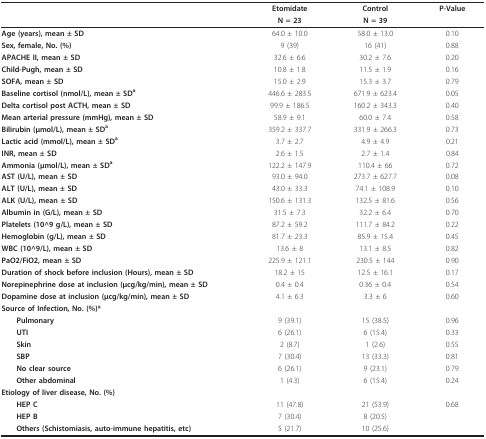
<table><thead><tr><td></td><td><b>Etomidate</b></td><td><b>Control</b></td><td><b>P-Value</b></td></tr><tr><td></td><td><b>N = 23</b></td><td><b>N = 39</b></td><td></td></tr></thead><tbody><tr><td><b>Age (years), mean ± SD</b></td><td>64.0 ± 10.0</td><td>58.0 ± 13.0</td><td>0.10</td></tr><tr><td><b>Sex, female, No. (%)</b></td><td>9 (39)</td><td>16 (41)</td><td>0.88</td></tr><tr><td><b>APACHE II, mean ± SD</b></td><td>32.6 ± 6.6</td><td>30.2 ± 7.6</td><td>0.20</td></tr><tr><td><b>Child-Pugh, mean ± SD</b></td><td>10.8 ± 1.8</td><td>11.5 ± 1.9</td><td>0.16</td></tr><tr><td><b>SOFA, mean ± SD</b></td><td>15.0 ± 2.9</td><td>15.3 ± 3.7</td><td>0.79</td></tr><tr><td><b>Baseline cortisol (nmol/L), mean ± SD<sup>a</sup></b></td><td>446.6 ± 283.5</td><td>671.9 ± 623.4</td><td>0.05</td></tr><tr><td><b>Delta cortisol post ACTH, mean ± SD</b></td><td>99.9 ± 186.5</td><td>160.2 ± 343.3</td><td>0.40</td></tr><tr><td><b>Mean arterial pressure (mmHg), mean ± SD</b></td><td>58.9 ± 9.1</td><td>60.0 ± 7.4</td><td>0.58</td></tr><tr><td><b>Bilirubin (μmol/L), mean ± SD<sup>a</sup></b></td><td>359.2 ± 337.7</td><td>331.9 ± 266.3</td><td>0.73</td></tr><tr><td><b>Lactic acid (mmol/L), mean ± SD<sup>a </sup></b></td><td>3.7 ± 2.7</td><td>4.9 ± 4.9</td><td>0.21</td></tr><tr><td><b>INR, mean ± SD</b></td><td>2.6 ± 1.5</td><td>2.7 ± 1.4</td><td>0.84</td></tr><tr><td><b>Ammonia (μmol/L), mean ± SD<sup>a</sup></b></td><td>122.2 ± 147.9</td><td>110.4 ± 66</td><td>0.72</td></tr><tr><td><b>AST (U/L), mean ± SD</b></td><td>93.0 ± 94.0</td><td>273.7 ± 627.7</td><td>0.08</td></tr><tr><td><b>ALT (U/L), mean ± SD</b></td><td>43.0 ± 33.3</td><td>74.1 ± 108.9</td><td>0.10</td></tr><tr><td><b>ALK (U/L), mean ± SD</b></td><td>150.6 ± 131.3</td><td>132.5 ± 81.6</td><td>0.56</td></tr><tr><td><b>Albumin in (G/L), mean ± SD</b></td><td>31.5 ± 7.3</td><td>32.2 ± 6.4</td><td>0.70</td></tr><tr><td><b>Platelets (10^9 g/L), mean ± SD</b></td><td>87.2 ± 59.2</td><td>111.7 ± 84.2</td><td>0.22</td></tr><tr><td><b>Hemoglobin (g/L), mean ± SD</b></td><td>81.7 ± 23.3</td><td>85.9 ± 15.4</td><td>0.45</td></tr><tr><td><b>WBC (10^9/L), mean ± SD</b></td><td>13.6 ± 8</td><td>13.1 ± 8.5</td><td>0.82</td></tr><tr><td><b>PaO2/FiO2, mean ± SD</b></td><td>225.9 ± 121.1</td><td>230.5 ± 144</td><td>0.90</td></tr><tr><td><b>Duration of shock before inclusion (Hours), mean ± SD</b></td><td>18.2 ± 15</td><td>12.5 ± 16.1</td><td>0.17</td></tr><tr><td><b>Norepinephrine dose at inclusion (μcg/kg/min), mean ± SD</b></td><td>0.4 ± 0.4</td><td>0.36 ± 0.4</td><td>0.54</td></tr><tr><td><b>Dopamine dose at inclusion (μcg/kg/min), mean ± SD</b></td><td>4.1 ± 6.3</td><td>3.3 ± 6</td><td>0.60</td></tr><tr><td colspan="4"><b>Source of Infection, No. (%)*</b></td></tr><tr><td> <b>Pulmonary</b></td><td>9 (39.1)</td><td>15 (38.5)</td><td>0.96</td></tr><tr><td> <b>UTI</b></td><td>6 (26.1)</td><td>6 (15.4)</td><td>0.33</td></tr><tr><td> <b>Skin</b></td><td>2 (8.7)</td><td>1 (2.6)</td><td>0.55</td></tr><tr><td> <b>SBP</b></td><td>7 (30.4)</td><td>13 (33.3)</td><td>0.81</td></tr><tr><td> <b>No clear source</b></td><td>6 (26.1)</td><td>9 (23.1)</td><td>0.79</td></tr><tr><td> <b>Other abdominal</b></td><td>1 (4.3)</td><td>6 (15.4)</td><td>0.24</td></tr><tr><td colspan="4"><b>Etiology of liver disease, No. (%)</b></td></tr><tr><td> <b>HEP C</b></td><td>11 (47.8)</td><td>21 (53.9)</td><td>0.68</td></tr><tr><td> <b>HEP B</b></td><td>7 (30.4)</td><td>8 (20.5)</td><td></td></tr><tr><td> <b>Others (Schistomiasis, auto-immune hepatitis, etc)</b></td><td>5 (21.7)</td><td>10 (25.6)</td><td></td></tr></tbody></table>